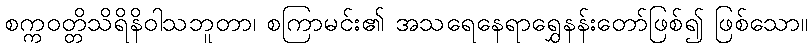
စက္ကဝတ္တိသိရိနိဝါသဘူတာ၊ စကြာမင်း၏ အသရေနေရာရွှေနန်းတော်ဖြစ်၍ ဖြစ်သော။